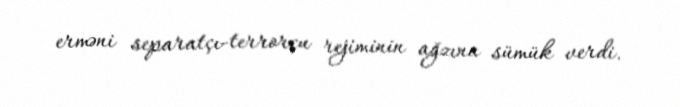
erməni separatçı-terrorçu rejiminin ağzına sümük verdi.